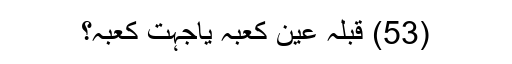
(53) قبلہ عین کعبہ یاجہت کعبہ؟